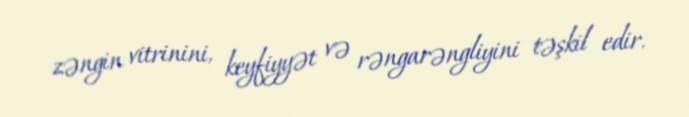
zəngin vitrinini, keyfiyyət və rəngarəngliyini təşkil edir.